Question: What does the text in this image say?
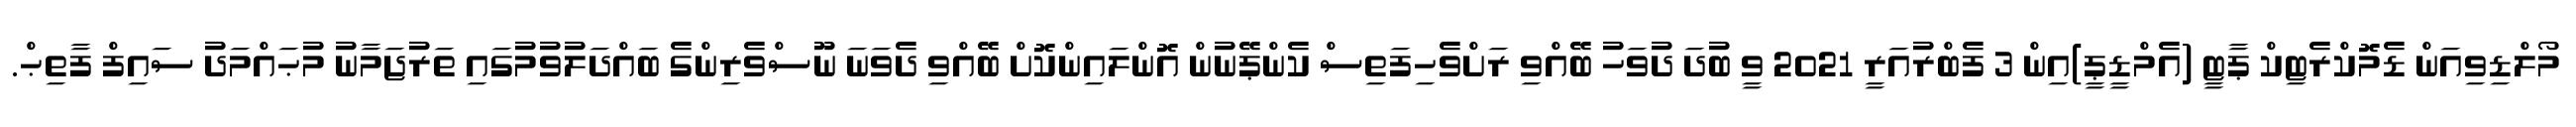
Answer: މޯލްޑިވިއަން ޑެމޮކްރެޓިކް ޕާޓީ (އެމްޑީޕީ)އިން 3 ފެބްރުއަރީ 2021 ވީ ބުދަ ދުވަހު ބޭއްވި ރަށްވެހިފަތިސް ކެންޕޭނުން އޮންލައިންކޮށް ބޭއްވި ދެވަނަ ނޫސްވެރިންގެ ބައްދަލުވުމުގައި ތަރުޖަމާނު މުޙައްމަދު ސައިފް ފާތިޙް.